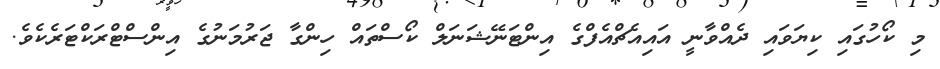
މި ކޯހުގައި ކިޔަވައި ދެއްވާނީ އައިއެޗްއެފްގެ އިންޓަނޭޝަނަލް ކޯސްތައް ހިންގާ ޖަރުމަނުގެ އިންސްޓްރަކްޓަރެކެވެ.